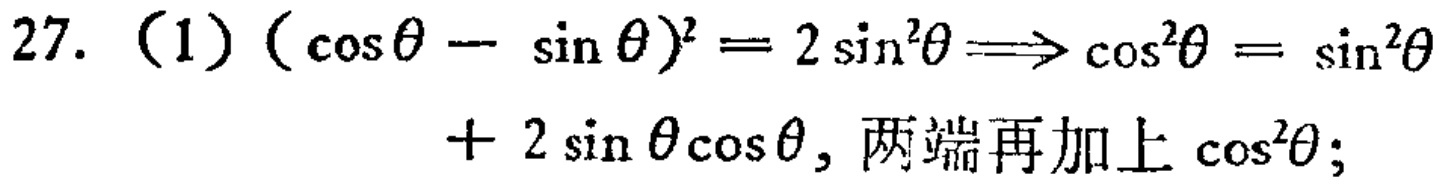
27. (1) $(\cos\theta - \sin\theta)^2 = 2\sin^{2}\theta\Longrightarrow\cos^{2}\theta = \sin^{2}\theta + 2\sin\theta\cos\theta$, 两端再加上 $\cos^{2}\theta$;